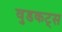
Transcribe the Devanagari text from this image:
वुडकट्स